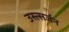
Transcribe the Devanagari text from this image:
उस्त्सर्जन